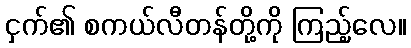
ငှက်၏ စကယ်လီတန်တို့ကို ကြည့်လေ။